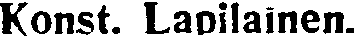
Konst. Lapilainen.